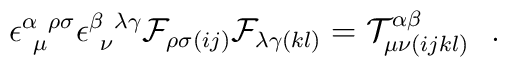
\epsilon^{\alpha~\rho\sigma}_{~\mu} \epsilon^{\beta~\lambda\gamma}_{~\nu}  {\cal F}_{\rho\sigma (ij)}{\cal F}_{\lambda\gamma (kl)} =  {\cal T}^{\alpha\beta}_{\mu\nu(ijkl)} \ \ .